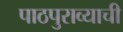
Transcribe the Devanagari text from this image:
पाठपुराव्याची